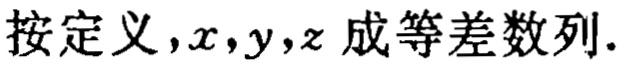
按定义，\(x,y,z\) 成等差数列.